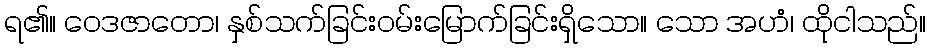
ရ၏။ ဝေဒဇာတော၊ နှစ်သက်ခြင်းဝမ်းမြောက်ခြင်းရှိသော။ သော အဟံ၊ ထိုငါသည်။